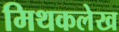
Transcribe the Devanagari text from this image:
मिथकलेख